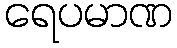
ရေပမာဏ